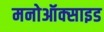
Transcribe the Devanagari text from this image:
मनोऑक्‍साइड